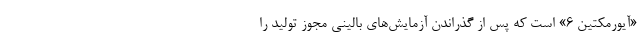
«آیورمکتین ۶» است که پس از گذراندن آزمایش‌های بالینی مجوز تولید را